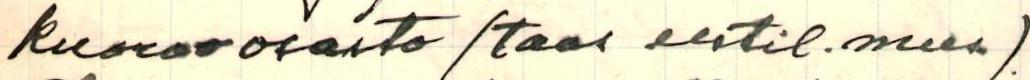
kuoro-osasto / taas eestil. mus.).